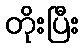
တိုးပြီး